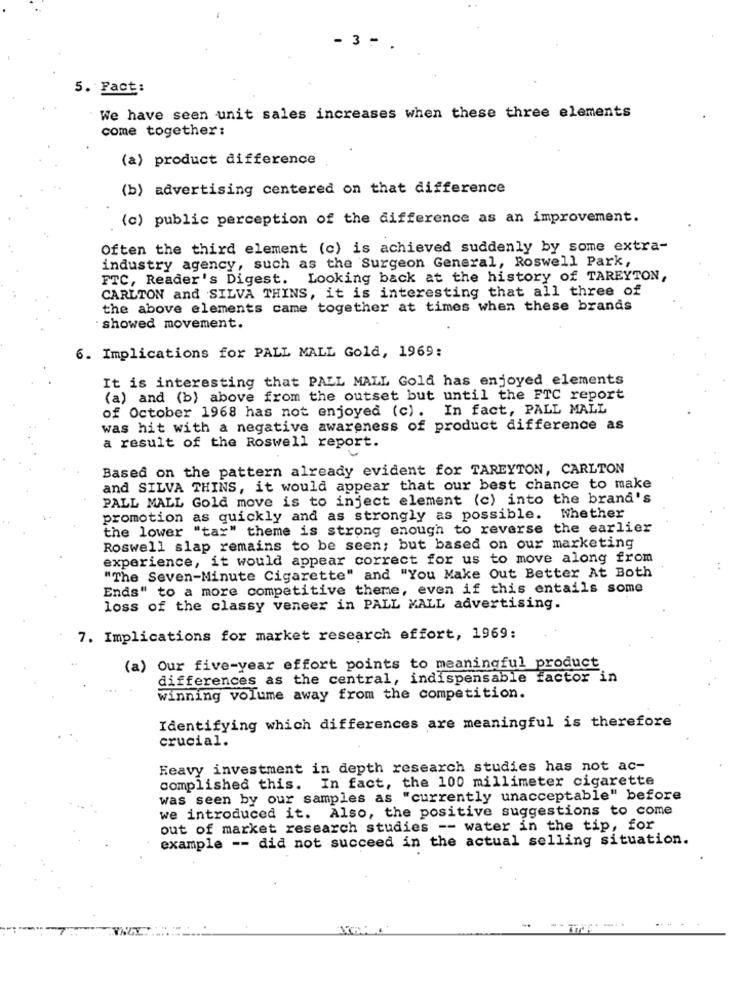
- 3 -
5. Fact:
We have seen unit sales increases when these three elements
come together:
(a) product difference
(b) advertising centered on that difference
(c) public perception of the difference as an improvement.
Often the third element (c) is achieved suddenly by some extra-
industry agency, such as the Surgeon General, Roswell Park,
FTC, Reader's Digest. Looking back at the history of TAREYTON,
CARLTON and SILVA THINS, it is interesting that all three of
the above elements came together at times when these brands
showed movement.
6. Implications for PALL MALL Gold, 1969:
It is interesting that PALL MALL Gold has enjoyed elements
(a) and (b) above from the outset but until the FTC report
of October 1968 has not enjoyed (c) . In fact, PALL MALL
was hit with a negative awareness of product difference as
a result of the Roswell report.
Based on the pattern already evident for TAREYTON, CARLTON
and SILVA THINS, it would appear that our best chance to make
PALL MALL Gold move is to inject element (c) into the brand's
promotion as quickly and as strongly as possible. Whether
the lower "tar" theme is strong enough to reverse the earlier
Roswell slap remains to be seen; but based on our marketing
experience, it would appear correct for us to move along from
"The Seven-Minute Cigarette" and "You Make Out Better At Both
Ends" to a more competitive theme, even if this entails some
loss of the classy veneer in PALL MALL advertising.
7. Implications for market research effort, 1969:
(a) Our five-year effort points to meaningful product
differences as the central, indispensable factor in
winning volume away from the competition.
Identifying which differences are meaningful is therefore
crucial.
Heavy investment in depth research studies has not ac-
complished this. In fact, the 100 millimeter cigarette
was seen by our samples as "currently unacceptable" before
we introduced it. Also, the positive suggestions to come
out of market research studies -- water in the tip, for
example -- did not succeed in the actual selling situation.